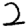
Digit: 2